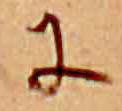
に